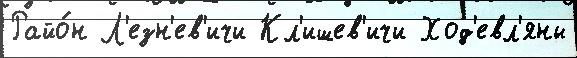
Райо́н Л'езн'ев'ичи Кл'ишев'ичи Ход'евл'яны